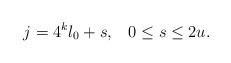
LaTeX: \begin{align*} j= 4^k l_0 +s,\,\,\,\,\,0 \leq s \leq 2u.\end{align*}